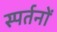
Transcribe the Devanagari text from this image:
स्पर्तनों